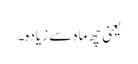
یعنی چھ ماہ سے زیادہ۔